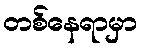
တစ်နေရာမှာ